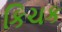
કિચક